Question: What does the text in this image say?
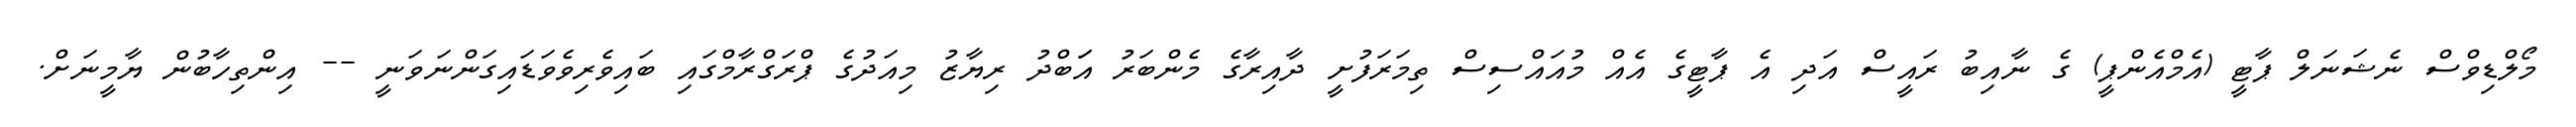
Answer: މޯލްޑިވްސް ނެޝަނަލް ޕާޓީ (އެމްއެންޕީ) ގެ ނާއިބު ރައީސް އަދި އެ ޕާޓީގެ އެއް މުއައްސިސް ތިމަރަފުށީ ދާއިރާގެ މެންބަރު އަަބްދު ރިޔާޒު މިއަދުގެ ޕްރަގްރާމްގައި ބައިވެރިވެވަޑައިގަންނަވަނީ -- އިންތިހާބުން ޔާމީނަށް.